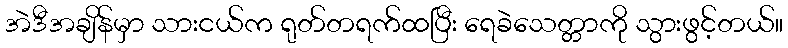
အဲဒီအချိန်မှာ သားငယ်က ရုတ်တရက်ထပြီး ရေခဲသေတ္တာကို သွားဖွင့်တယ်။